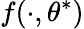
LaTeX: f(\cdot,\theta^{*})